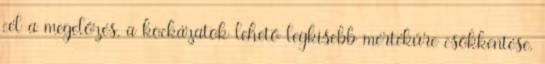
cél a megelőzés, a kockázatok lehető legkisebb mértékűre csökkentése,